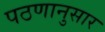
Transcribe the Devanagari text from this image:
पठणानुसार